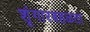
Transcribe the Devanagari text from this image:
शृंगारबहळता